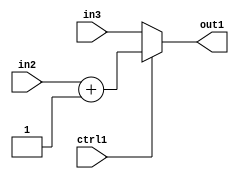
`timescale 1ps / 1ps
/*****************************************************************************
    Verilog RTL Description
    
    
    Created by: Stratus DpOpt 2019.1.01 
*******************************************************************************/

module feature_write_addr_gen_MuxAdd2i1u32u32u1_1 (
	in3,
	in2,
	ctrl1,
	out1
	); /* architecture "behavioural" */ 
input [31:0] in3,
	in2;
input  ctrl1;
output [31:0] out1;
wire [31:0] asc001,
	asc002;

assign asc002 = 
	+(in2)
	+(32'B00000000000000000000000000000001);

reg [31:0] asc001_tmp_0;
assign asc001 = asc001_tmp_0;
always @ (ctrl1 or asc002 or in3) begin
	case (ctrl1)
		1'B1 : asc001_tmp_0 = asc002 ;
		default : asc001_tmp_0 = in3 ;
	endcase
end

assign out1 = asc001;
endmodule

/* CADENCE  v7nyTw8= : u9/ySgnWtBlWxVPRXgAZ4Og= ** DO NOT EDIT THIS LINE ******/